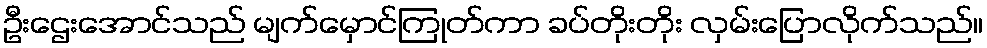
ဦးဌေးအောင်သည် မျက်မှောင်ကြုတ်ကာ ခပ်တိုးတိုး လှမ်းပြောလိုက်သည်။